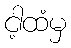
ငါ့ထံမှ